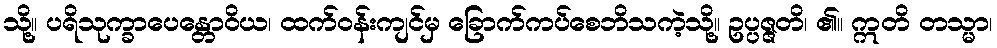
သို့။ ပရိသုက္ခာပေန္တောဝိယ၊ ထက်ဝန်းကျင်မှ ခြောက်ကပ်စေဘိသကဲ့သို့။ ဥပ္ပဇ္ဇတိ၊ ၏။ ဣတိ တသ္မာ၊